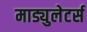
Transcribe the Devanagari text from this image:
माड्युलेटर्स